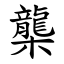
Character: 㰍